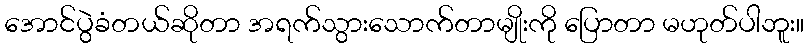
အောင်ပွဲခံတယ်ဆိုတာ အရက်သွားသောက်တာမျိုးကို ပြောတာ မဟုတ်ပါဘူး။